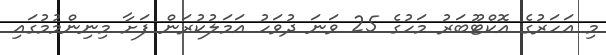
މި އަހަރުގެ އޮކްޓޫބަރު މަހުގެ 25 ވަނަ ދުވަހު އަމަލުކުރަން ފަށާ މިނިންމުމުގައި